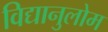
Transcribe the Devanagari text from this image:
विद्यानुलोम